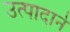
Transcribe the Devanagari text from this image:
उत्पादाने